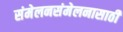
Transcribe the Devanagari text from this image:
संमेलनसंमेलनासाठी